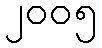
၂၀၀၅